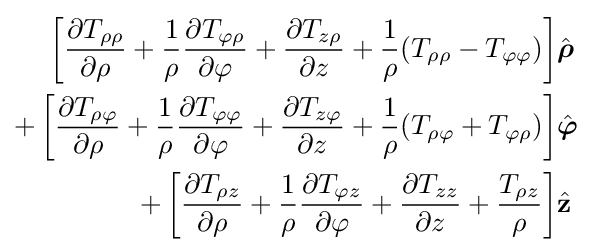
{\begin{aligned}\left[{\frac {\partial T_{\rho \rho }}{\partial \rho }}+{\frac {1}{\rho }}{\frac {\partial T_{\varphi \rho }}{\partial \varphi }}+{\frac {\partial T_{z\rho }}{\partial z}}+{\frac {1}{\rho }}(T_{\rho \rho }-T_{\varphi \varphi })\right]&{\hat {\boldsymbol {\rho }}}\\+\left[{\frac {\partial T_{\rho \varphi }}{\partial \rho }}+{\frac {1}{\rho }}{\frac {\partial T_{\varphi \varphi }}{\partial \varphi }}+{\frac {\partial T_{z\varphi }}{\partial z}}+{\frac {1}{\rho }}(T_{\rho \varphi }+T_{\varphi \rho })\right]&{\hat {\boldsymbol {\varphi }}}\\+\left[{\frac {\partial T_{\rho z}}{\partial \rho }}+{\frac {1}{\rho }}{\frac {\partial T_{\varphi z}}{\partial \varphi }}+{\frac {\partial T_{zz}}{\partial z}}+{\frac {T_{\rho z}}{\rho }}\right]&{\hat {\mathbf {z} }}\end{aligned}}